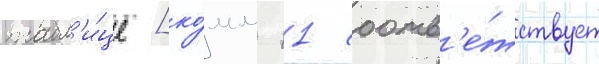
табл'и́це [ко́мм 11 соотв'е́тствует